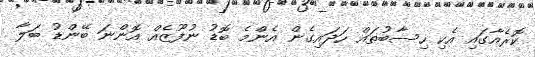
ކޮރެއާގައި އެކި ހިސާބުތައް ހަދައިގެން އެންމެ ބޮޑު ނުފޫޒެއް އޮންނަ ބޭންޑު ބަލާ